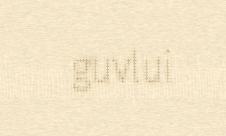
guvlui